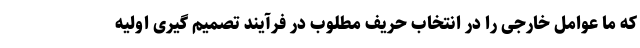
که ما عوامل خارجی را در انتخاب حریف مطلوب در فرآیند تصمیم گیری اولیه